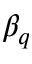
\beta _ { q }